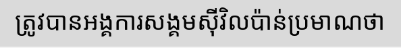
ត្រូវបានអង្គការសង្គមស៊ីវិលប៉ាន់ប្រមាណថា